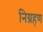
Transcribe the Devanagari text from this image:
निग्रहण